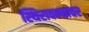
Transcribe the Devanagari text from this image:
स्थिरावल्यावर